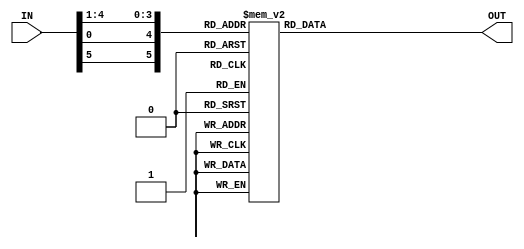
`timescale 1ns / 1ps
//////////////////////////////////////////////////////////////////////////////////
// Company: 
// Engineer: 
// 
// Design Name: 
// Module Name: SBox_2
// Project Name: 
// Target Devices: 
// Tool Versions: 
// Description: 
// 
// Dependencies: 
// 
// Revision:
// Revision 0.01 - File Created
// Additional Comments:
// 
//////////////////////////////////////////////////////////////////////////////////


module SBox_2( output reg [1:4] OUT, input [1:6] IN);

always @(IN)
begin
    case({IN[1],IN[6],IN[2:5]})
        6'b000000 : OUT <= 15;
        6'b000001 : OUT <= 01;
        6'b000010 : OUT <= 08;
        6'b000011 : OUT <= 14;
        6'b000100 : OUT <= 06;
        6'b000101 : OUT <= 11;
        6'b000110 : OUT <= 03;
        6'b000111 : OUT <= 04;
        6'b001000 : OUT <= 09;
        6'b001001 : OUT <= 07;
        6'b001010 : OUT <= 02;
        6'b001011 : OUT <= 13;
        6'b001100 : OUT <= 12;
        6'b001101 : OUT <= 00;
        6'b001110 : OUT <= 05;
        6'b001111 : OUT <= 10;
        
        6'b010000 : OUT <= 03;
        6'b010001 : OUT <= 13;
        6'b010010 : OUT <= 04;
        6'b010011 : OUT <= 07;
        6'b010100 : OUT <= 15;
        6'b010101 : OUT <= 02;
        6'b010110 : OUT <= 08;
        6'b010111 : OUT <= 14;
        6'b011000 : OUT <= 12;
        6'b011001 : OUT <= 00;
        6'b011010 : OUT <= 01;
        6'b011011 : OUT <= 10;
        6'b011100 : OUT <= 06;
        6'b011101 : OUT <= 09;
        6'b011110 : OUT <= 11;
        6'b011111 : OUT <= 05;
        
        6'b100000 : OUT <= 00;
        6'b100001 : OUT <= 14;
        6'b100010 : OUT <= 07;
        6'b100011 : OUT <= 11;
        6'b100100 : OUT <= 10;
        6'b100101 : OUT <= 04;
        6'b100110 : OUT <= 13;
        6'b100111 : OUT <= 01;
        6'b101000 : OUT <= 05;
        6'b101001 : OUT <= 08;
        6'b101010 : OUT <= 12;
        6'b101011 : OUT <= 06;
        6'b101100 : OUT <= 09;
        6'b101101 : OUT <= 03;
        6'b101110 : OUT <= 02;
        6'b101111 : OUT <= 15; 
        
        6'b110000 : OUT <= 13;
        6'b110001 : OUT <= 08;
        6'b110010 : OUT <= 10;
        6'b110011 : OUT <= 01;
        6'b110100 : OUT <= 03;
        6'b110101 : OUT <= 15;
        6'b110110 : OUT <= 04;
        6'b110111 : OUT <= 02;
        6'b111000 : OUT <= 11;
        6'b111001 : OUT <= 06;
        6'b111010 : OUT <= 07;
        6'b111011 : OUT <= 12;
        6'b111100 : OUT <= 00;
        6'b111101 : OUT <= 05;
        6'b111110 : OUT <= 14;
        6'b111111 : OUT <= 09;                
    endcase    
end        
endmodule